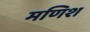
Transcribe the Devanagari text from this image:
मणिश